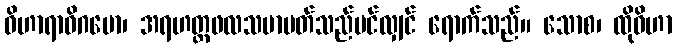
ဝိဟာရာဓိဂမော၊ အရဟတ္တဖလသမာပတ်သည်ပင်လျှင် ရောက်သည်။ သောစ၊ ထိုဝိဟာ